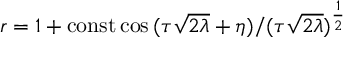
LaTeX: r = 1 + \mathrm { c o n s t } \cos { ( \tau \sqrt { 2 \lambda } + \eta ) } / ( \tau \sqrt { 2 \lambda } ) ^ { { \frac { 1 } { 2 } } }